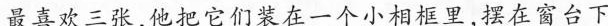
最喜欢三张，他把它们装在一个小相框里，摆在窗台下